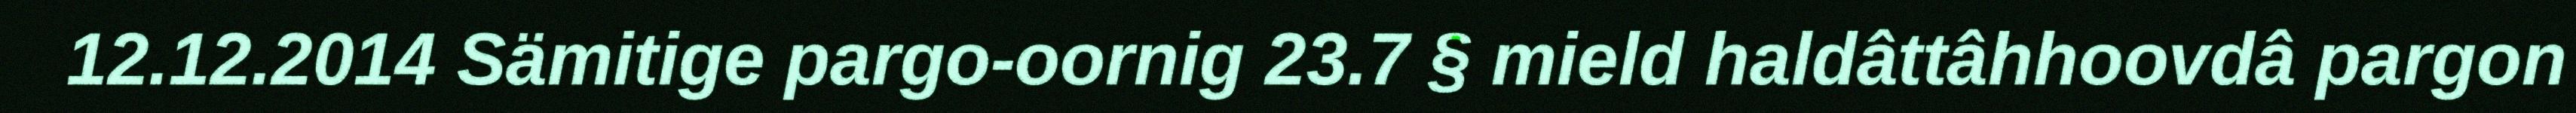
12.12.2014 Sämitige pargo-oornig 23.7 § mield haldâttâhhoovdâ pargon